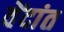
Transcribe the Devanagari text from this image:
वेंदांत